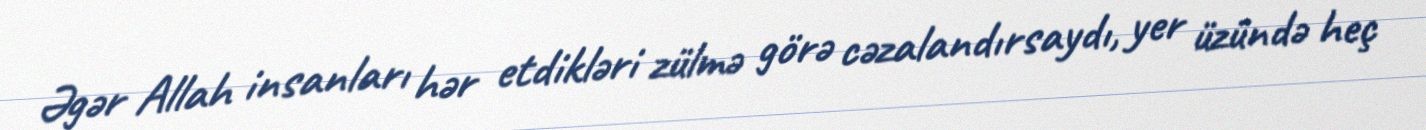
Əgər Allah insanları hər etdikləri zülmə görə cəzalandırsaydı, yer üzündə heç